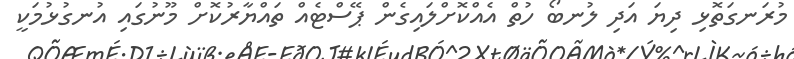
މުރަނގަތޮޅި ދިޔަ އަދި ލުނބޯ ހުތް އެއްކޮށްލައިގެން ޕޭސްޓެއް ތައްޔާރުކޮށް މޫނުގައި އުނގުޅުމަކީ